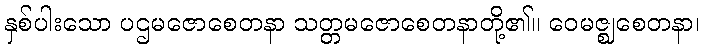
နှစ်ပါးသော ပဌမဇောစေတနာ သတ္တမဇောစေတနာတို့၏။ ဝေမဇ္ဈစေတနာ၊